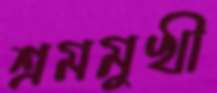
শ্রমমুখী